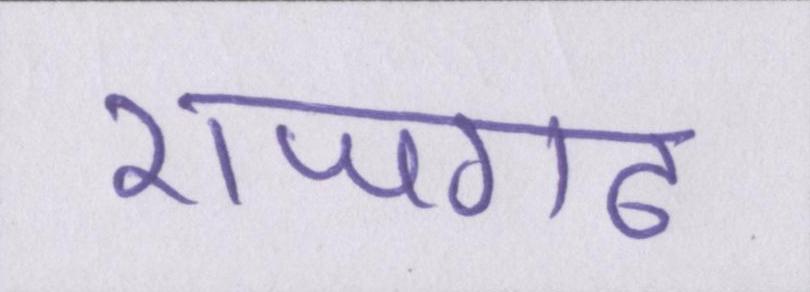
राजगढ